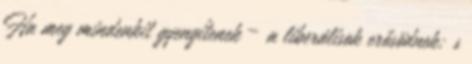
Ha meg min­denkit gyengítenek – a liberálisok erősödnek; s